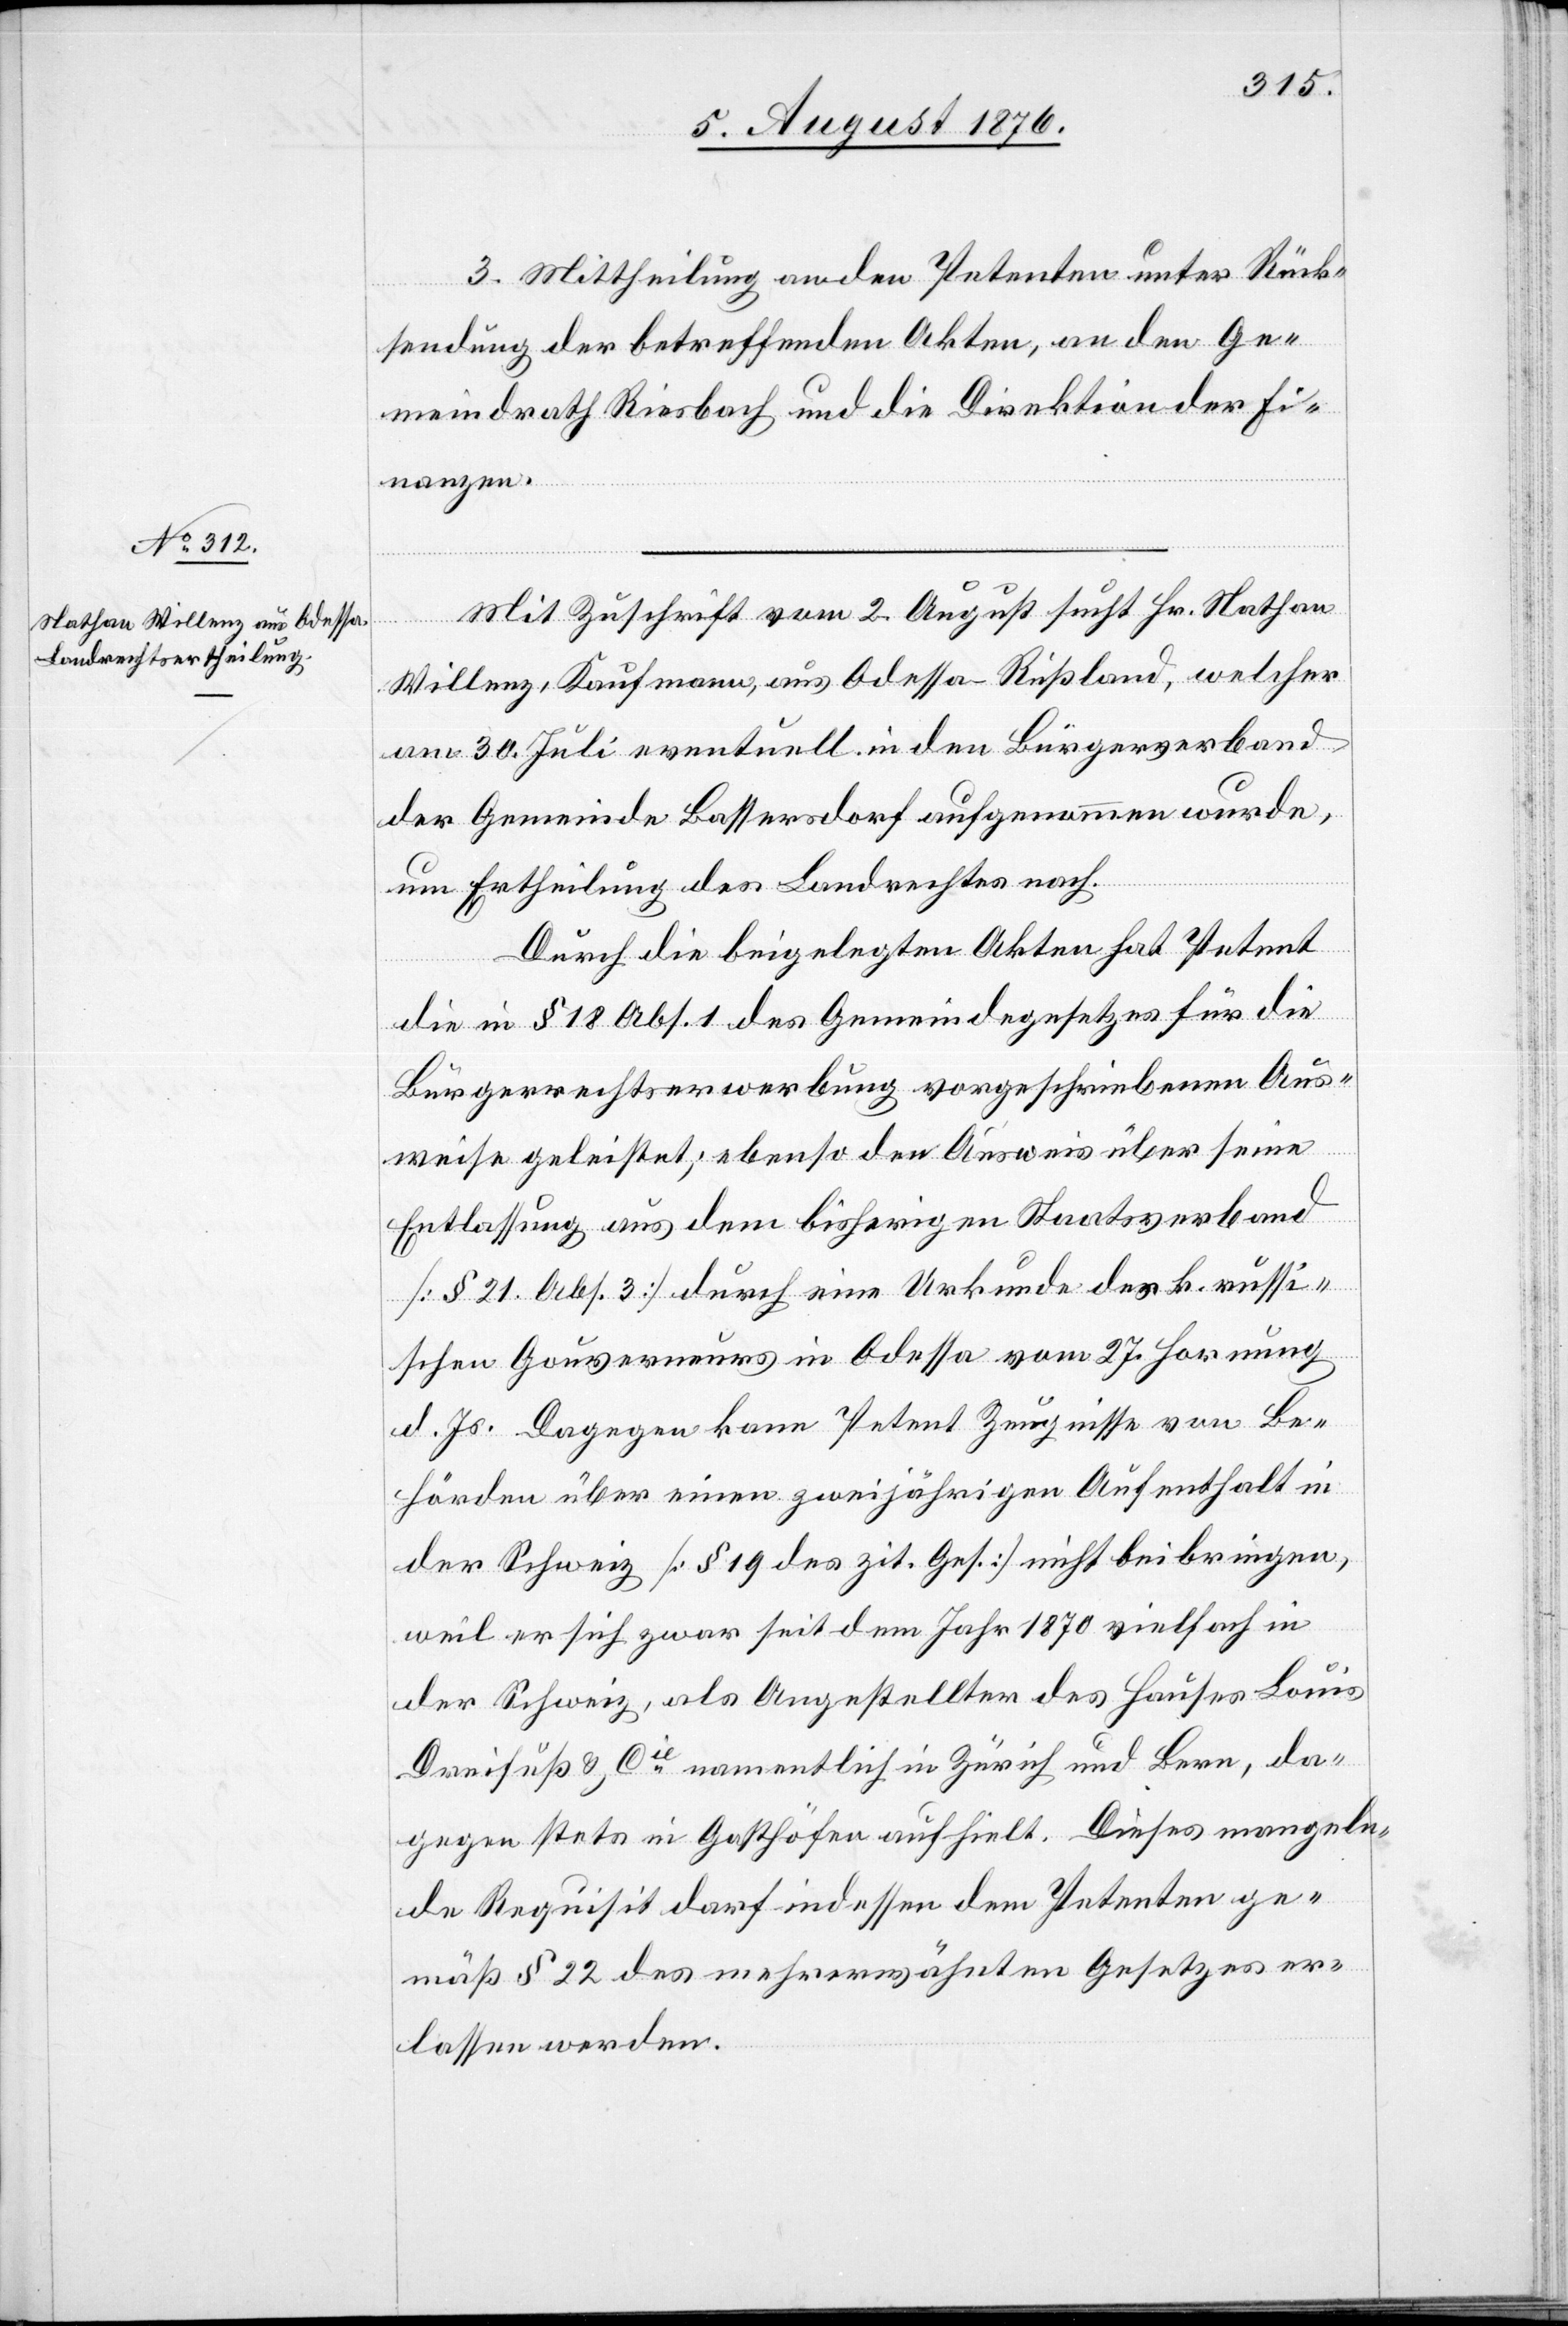
3. Mittheilung an den Petenten unter Rück¬
sendung der betreffenden Akten, an den Ge¬
meindrath Riesbach und die Direktion der Fi¬
nanzen.
Mit Zuschrift vom 2. August sucht Hr. Nathan
Willenz, Kaufmann, aus Odessa - Rußland, welcher
am 30. Juli eventuell in den Bürgerverband
der Gemeinde Bassersdorf aufgenommen wurde,
um Ertheilung des Landrechtes nach.
Durch die beigelegten Akten hat Petent
die in § 18 Abs. 1 des Gemeindegesetzes für die
Bürgerrechtserwerbung vorgeschriebenen Aus¬
weise geleistet; ebenso den Ausweis über seine
Entlassung aus dem bisherigen Staatsverband
[§ 21, Abs. 3] durch eine Urkunde des k. russi¬
schen Gouverneurs in Odessa vom 27. Hornung
d. Js. Dagegen kann Petent Zeugnisse von Be¬
hörden über einen zweijährigen Aufenthalt in
der Schweiz [§ 19 des zit. Ges.] nicht beibringen,
weil er sich zwar seit dem Jahr 1870 vielfach in
der Schweiz, als Angestellter des Hauser Louis
Dreifuß & Cie namentlich in Zürich und Bern, da¬
gegen stets in Gasthöfen aufhielt. Dieses mangeln¬
de Requisit darf indessen dem Petenten ge¬
mäß § 22 des mehrerwähnten Gesetzes er¬
lassen werden.